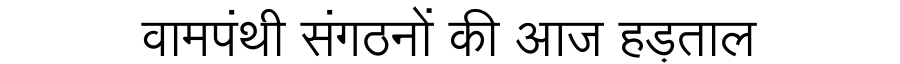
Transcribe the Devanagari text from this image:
वामपंथी संगठनों की आज हड़ताल